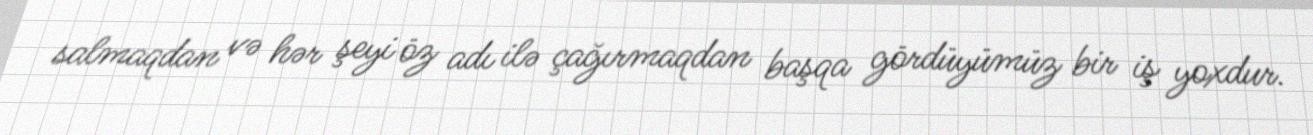
salmaqdan və hər şeyi öz adı ilə çağırmaqdan başqa gördüyümüz bir iş yoxdur.